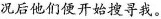
况后他们便开始搜寻我。